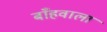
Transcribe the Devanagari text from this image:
बाँहवाला